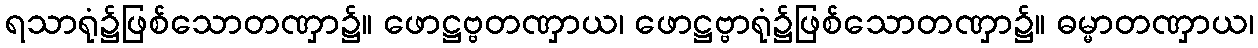
ရသာရုံ၌ဖြစ်သောတဏှာ၌။ ဖောဋ္ဌဗ္ဗတဏှာယ၊ ဖောဋ္ဌဗ္ဗာရုံ၌ဖြစ်သောတဏှာ၌။ ဓမ္မာတဏှာယ၊